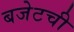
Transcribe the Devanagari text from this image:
बजेटची